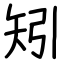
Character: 矧